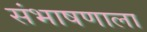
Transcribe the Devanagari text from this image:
संभाषणाला